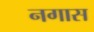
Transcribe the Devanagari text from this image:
नगास